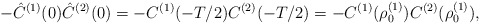
\begin{align*}-\hat C^{(1)}(0)\hat C^{(2)}(0) =- C^{(1)}(-T/2) C^{(2)}(-T/2) =- C^{(1)}(\rho_0^{(1)}) C^{(2)}(\rho_0^{(1)}),\end{align*}